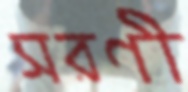
সরণী